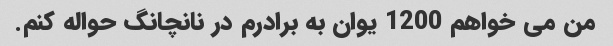
من می خواهم 1200 یوان به برادرم در نانچانگ حواله کنم.